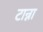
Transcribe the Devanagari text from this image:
टान्ना